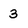
Character: 3